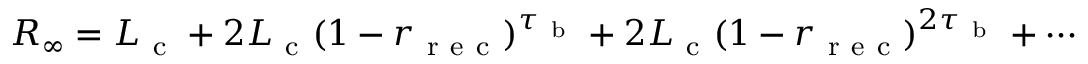
R _ { \infty } = L _ { \mathrm { ~ c ~ } } + 2 L _ { \mathrm { ~ c ~ } } ( 1 - r _ { \mathrm { ~ r ~ e ~ c ~ } } ) ^ { \tau _ { \mathrm { ~ b ~ } } } + 2 L _ { \mathrm { ~ c ~ } } ( 1 - r _ { \mathrm { ~ r ~ e ~ c ~ } } ) ^ { 2 \tau _ { \mathrm { ~ b ~ } } } + \cdots